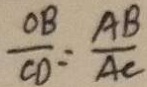
\frac { O B } { C D } = \frac { A B } { A C }